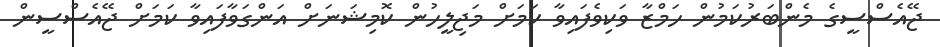
ޖޭއެސްސީގެ މެންބަރުކަމުން ހަމްޒާ ވަކިވެފައިވާ ކަމަށް މަޖިލީހުން ކޮމިޝަނަށް އަންގަވާފައިވާ ކަމަށް ޖޭއެސްސީން